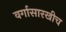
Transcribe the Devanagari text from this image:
वर्गासारखीच